Newspaper: The Salt Lake herald. [volume]
Place of publication: Salt Lake City [Utah]
Publisher: [W.C. Dunbar & E.L. Sloan]
Date: 1880-08-29 00:00:00
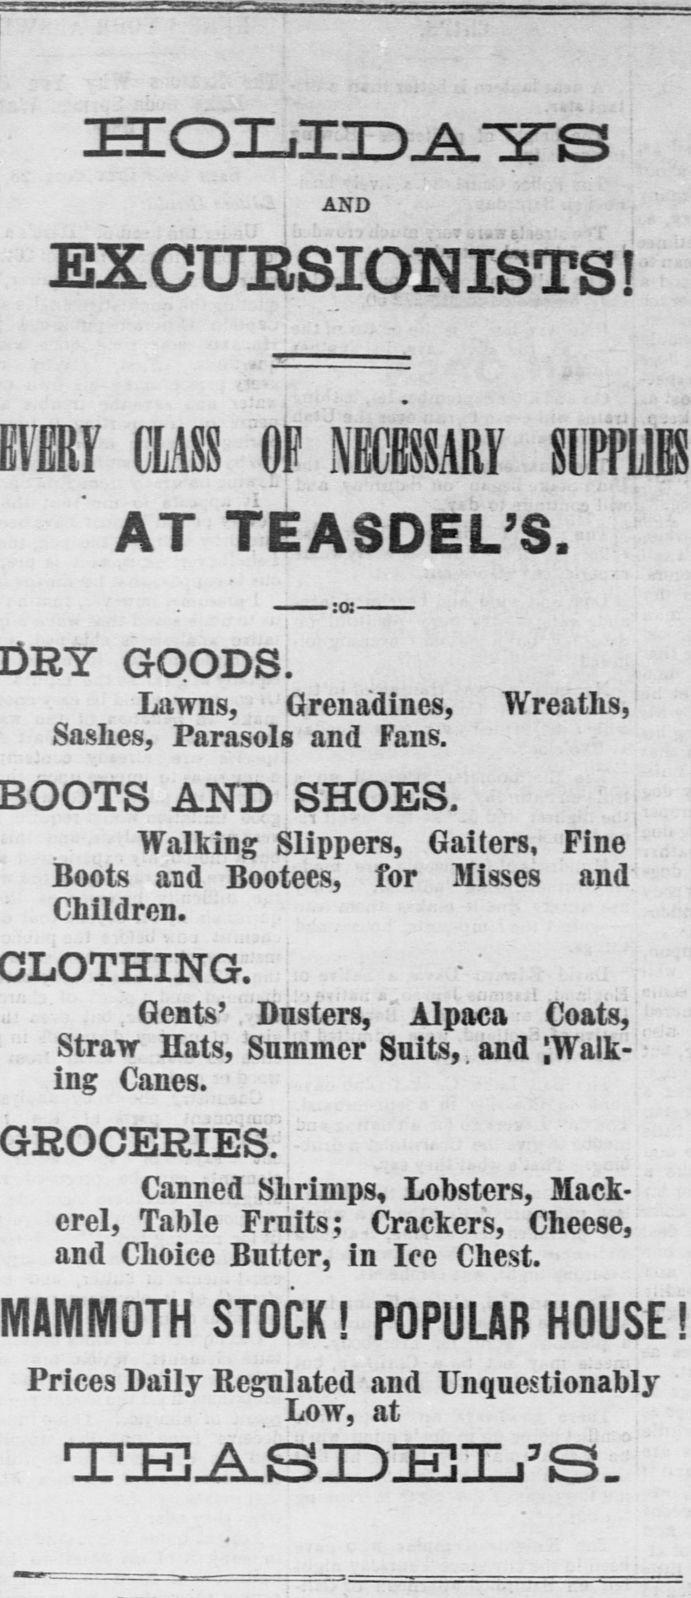
Advertisement text (OCR):
HOLIDAYS i AND EXCURSIONISTS r CLASS OF NECE SARY UPPtfl L i I AT EASDEL3 0 GOODS i Lawns Grenadines Wreaths Sashes Parasols and Fans AND SHOES Walking Slippers Gaiters Fine Boots and Bootees for Misses and Children I Gents Dusters Alpaca Coats Straw Hats Summer Suits and JWalk ing Canes Canned Shrimps Lobsters Mack erel Table Fruits Crackers Cheese and Choice Butter in Ice Chest MAMMOTH STOCK POPULAR HOUSE Prices Daily Regulated and Unquestionably Low at TIE ASIDGEEiXj S
Label: text-only